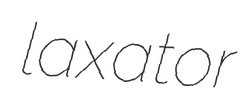
laxator